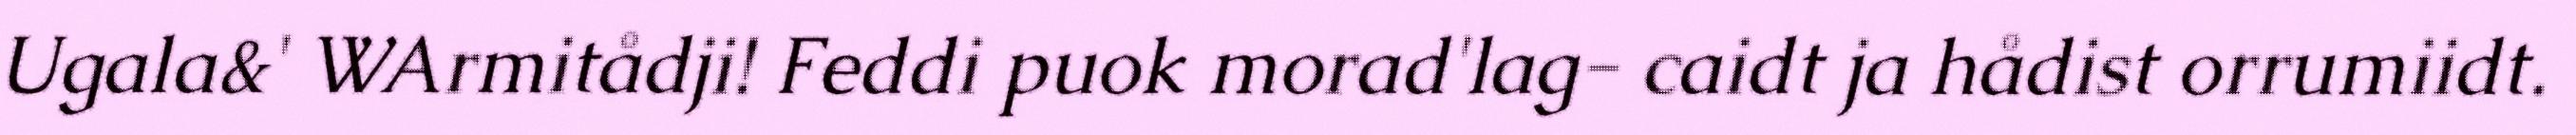
Ugala&' WArmitådji! Feddi puok morad'lag- caidt ja hådist orrumiidt.